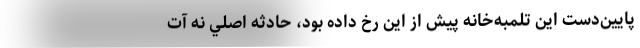
پايين‌دست اين تلمبه‌خانه پيش از اين رخ داده بود، حادثه اصلي نه آت